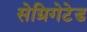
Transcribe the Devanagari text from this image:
सेग्रिगेटेड